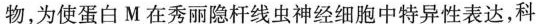
物，为使蛋白M在秀丽隐杆线虫神经细胞中特异性表达，科